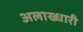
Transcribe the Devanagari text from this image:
अलाख्धारी